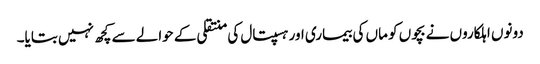
دونوں اہلکاروں نے بچوں کو ماں کی بیماری اور ہسپتال کی منتقلی کے حوالے سے کچھ نہیں بتایا۔